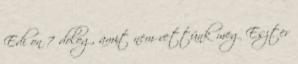
Edi on 7 dolog, amit nem vettünk meg Eszter